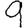
Digit: 9